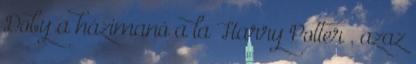
Doby a házimanó a la Harry Potter , azaz